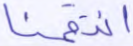
انتقمنا